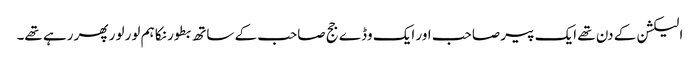
الیکشن کے دن تھے ایک پیر صاحب اور ایک وڈے جج صاحب کے ساتھ بطور نکا ہم لور لور پھر رہے تھے۔